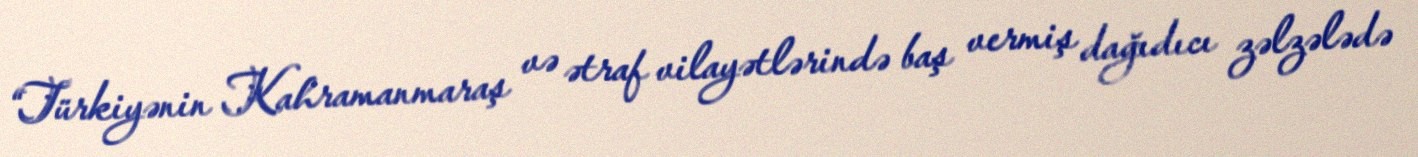
“Türkiyənin Kahramanmaraş və ətraf vilayətlərində baş vermiş dağıdıcı zəlzələdə